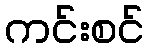
ကင်းစင်